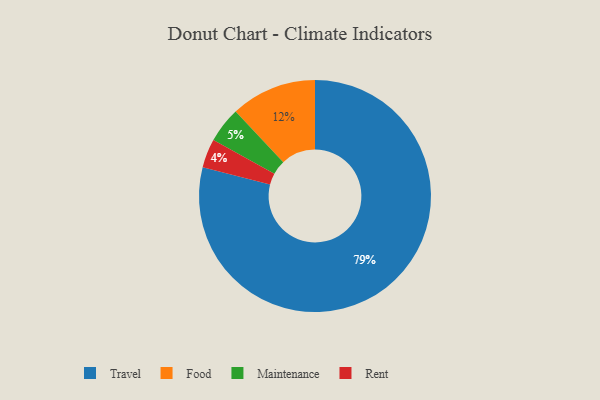
{"axis": {"x": "Category", "y": "Percentage"}, "legend": ["Food", "Maintenance", "Rent", "Travel"], "data": [{"x": "Maintenance", "y": 5, "type": "Maintenance"}, {"x": "Rent", "y": 4, "type": "Rent"}, {"x": "Travel", "y": 79, "type": "Travel"}, {"x": "Food", "y": 12, "type": "Food"}]}